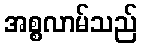
အစ္စလာမ်သည်